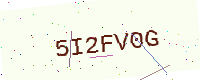
Text: 5I2FV0G